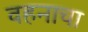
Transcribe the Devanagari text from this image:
वहनाचा